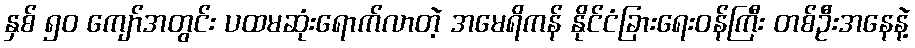
နှစ် ၅၀ ကျော်အတွင်း ပထမဆုံးရောက်လာတဲ့ အမေရိကန် နိုင်ငံခြားရေးဝန်ကြီး တစ်ဦးအနေနဲ့